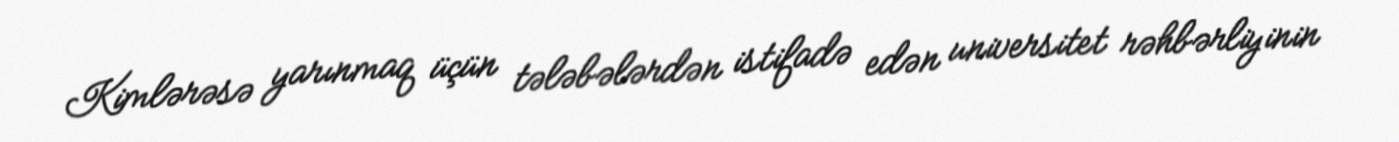
Kimlərəsə yarınmaq üçün tələbələrdən istifadə edən universitet rəhbərliyinin